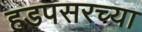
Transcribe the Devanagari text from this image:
हडपसरच्या